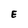
Character: E